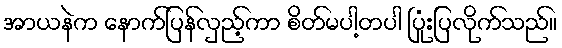
အာယနဲက နောက်ပြန်လှည့်ကာ စိတ်မပါ့တပါ ပြုံးပြလိုက်သည်။